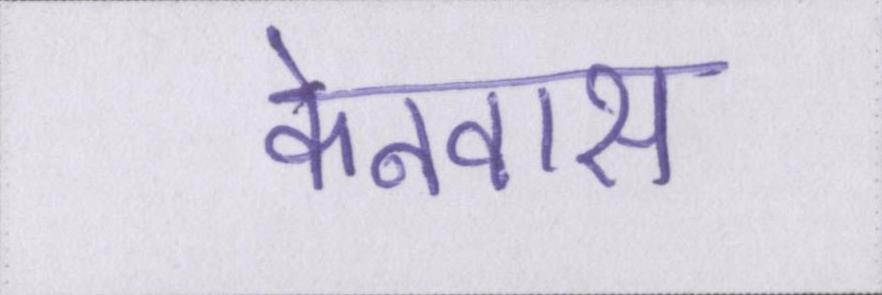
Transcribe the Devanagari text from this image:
केनवास